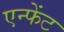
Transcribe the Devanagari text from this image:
एन्फेंट